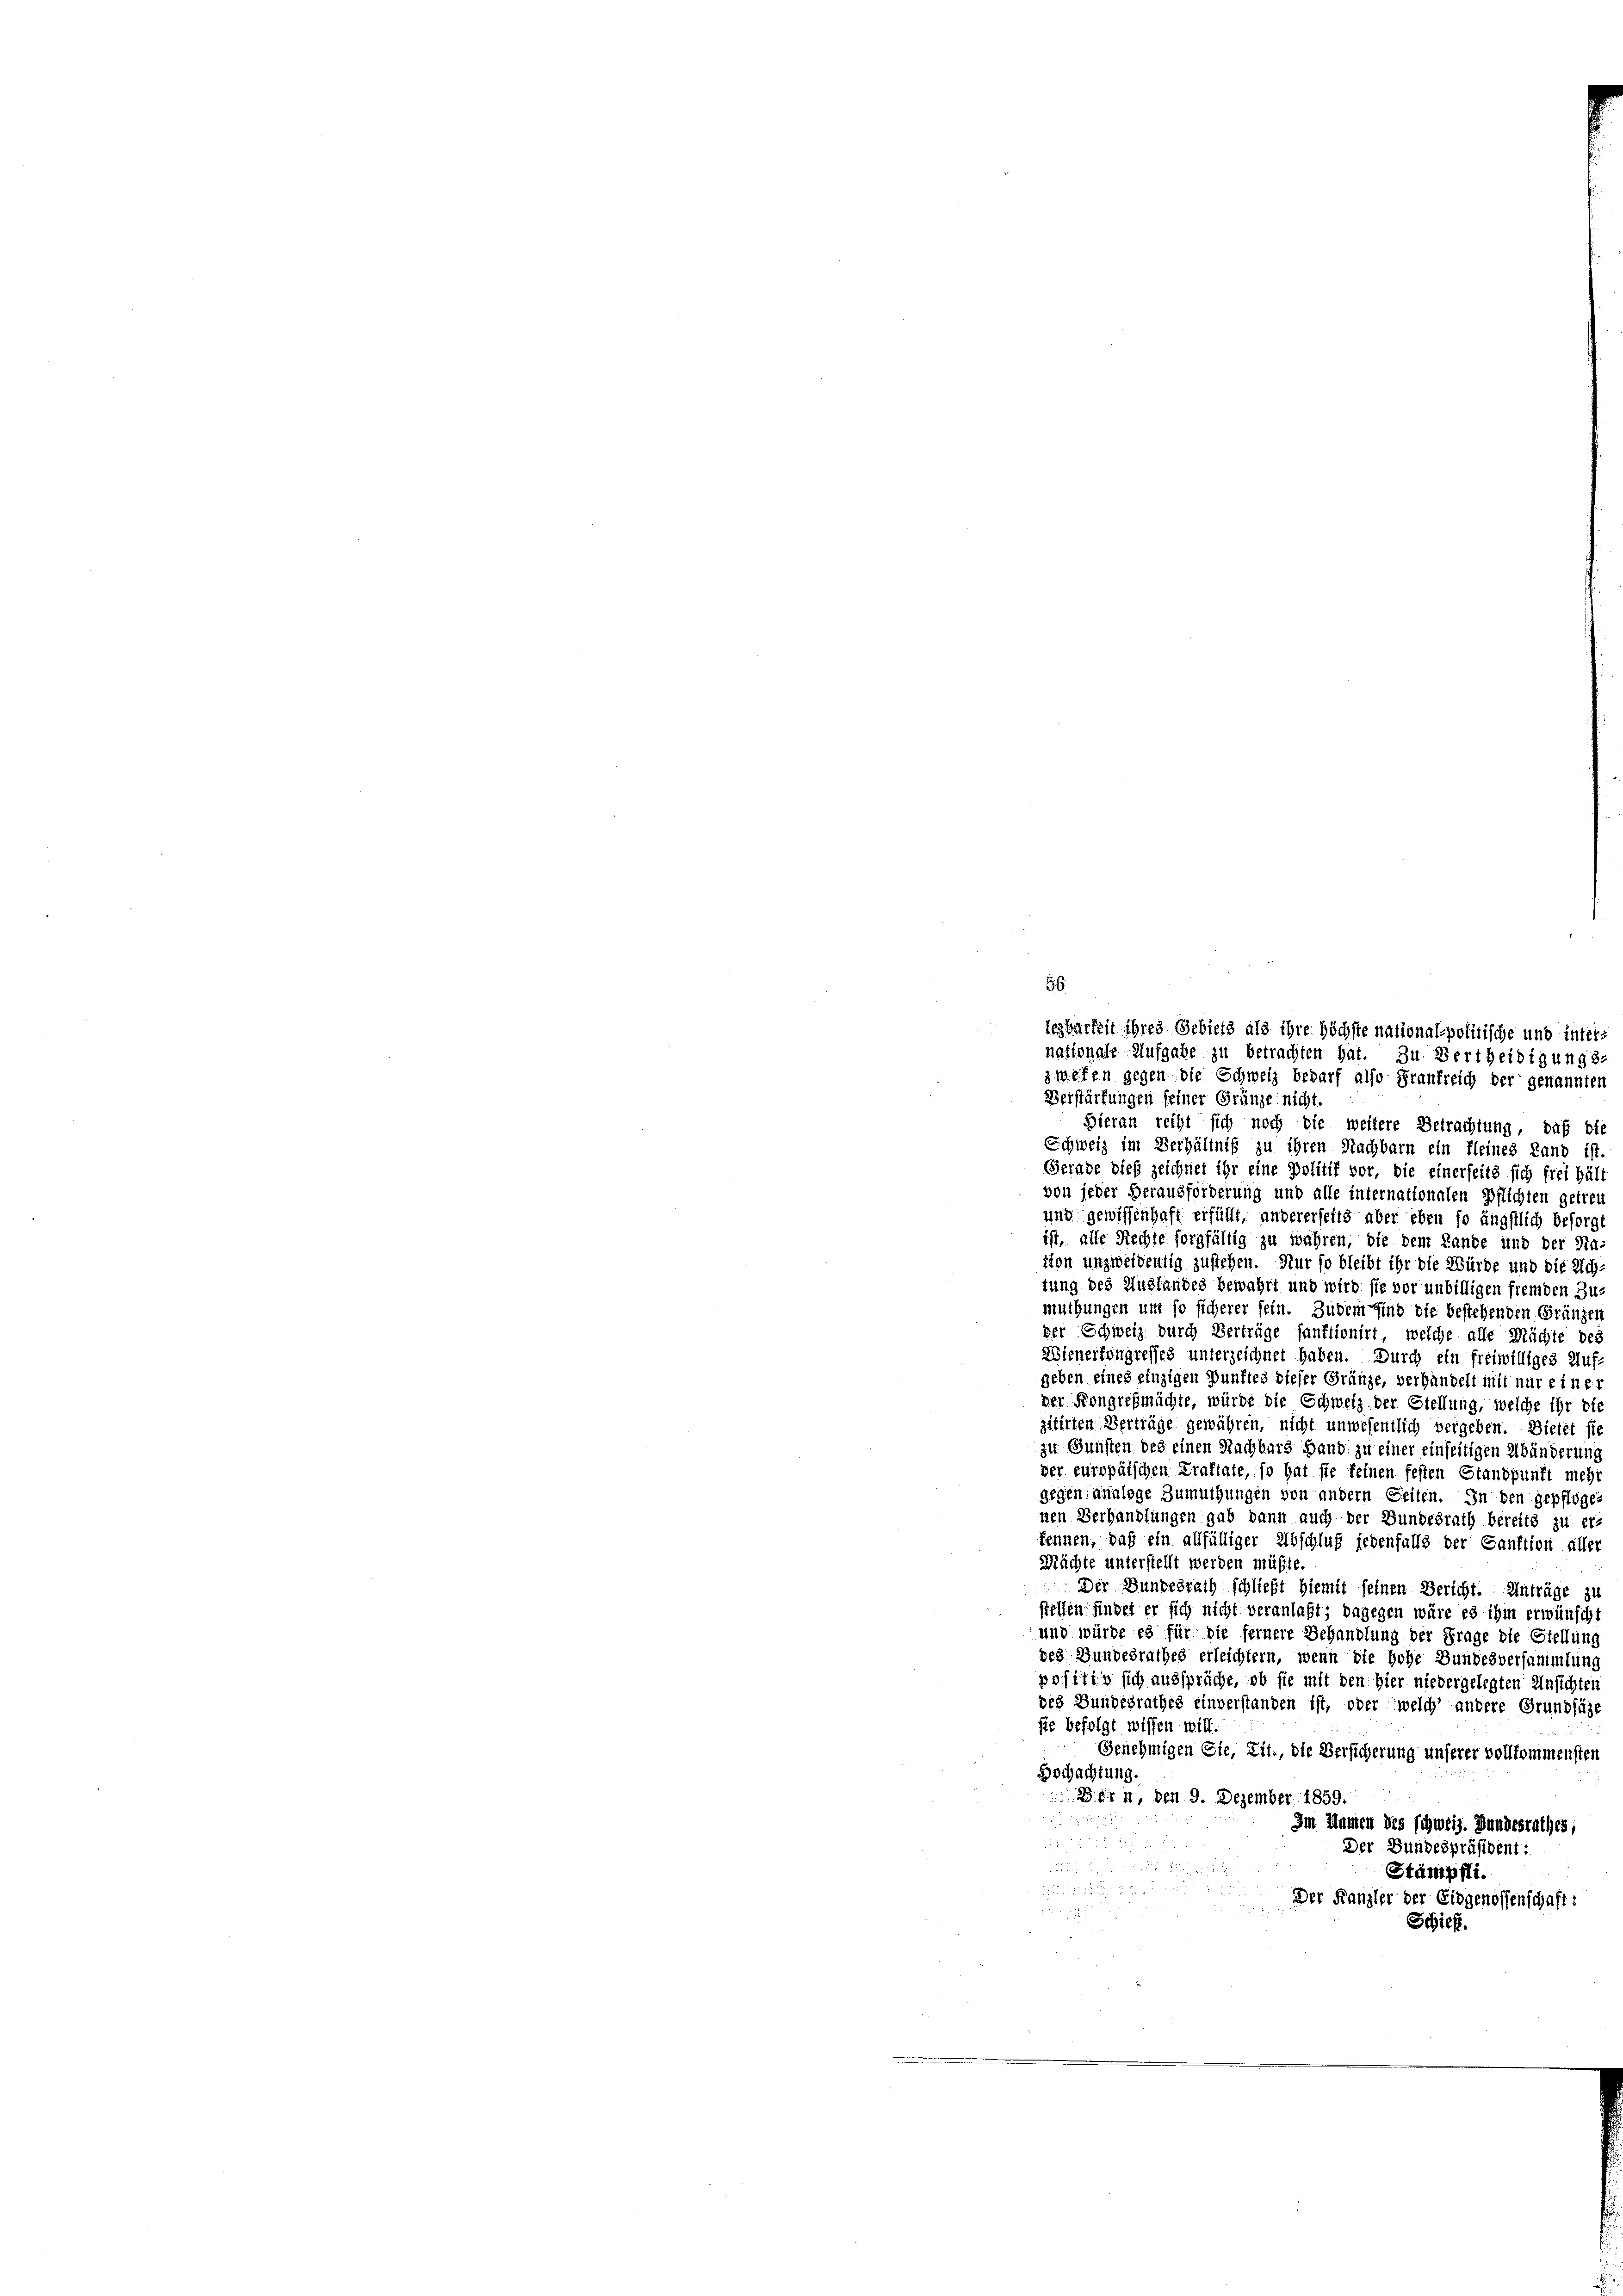
Verstärfungen seiner Gränze nicht.

Hieran reiht sich noch die weitere Betrachtung, daß die
Schweiz im Verhältniß zu ihren Nachbarn ein fleines Land ist.
Gerade dieß zeichnet ihr eine Politif vor, die einerseits sich frei hält
von jeder Heraufforderung und alle internationalen Pflichten getreu
und gewissenhaft erfüllt, andererseits aber eben so ängstlich besorgt
ist, alle Rechte sorgfältig zu währen, die dem Lande und der Na-
iton unzweidentig zustehen. Nur so bleibt ihr die Würde und die Richtung des Auslandes bewahrt und wird sie vor unbilligen fremden Zu-
muthungen um so sicherer sein. Zudem sind die bestehenden Gränzen
per Schweiz durch Verträge sanktionirt, welche alle Mächte bes
Wienerfongresses unterzeichnet haben. Durch ein freiwilliges Auf-
geben eines einzigen Punktes dieser Gränze, verhandelt mit nur einer
der Kongreßmächte, würde die Schweiz der Stellung, welche ihr die
zitirten Verträge gewähren, nicht unwesentlich vergeben. Dietet sie
zu Gunsten des einen Nachbars Hand zu einer einseitigen Abänderung
der europäischen Kraftate, so hat sie feinen festen Standpunft mehr
gegen analoge Zumuthungen von andern Seiten. In den gepflogen
nen Verhandlungen gab dann auch der Bundesrath bereits zu er-
kennen, daß ein allfälliger Abschluß jedenfalls der Sanktion aller
Mächte unterstellt werden müßte.
Der Bundesrath schließt hiemit seinen Bericht. Anträge zu
stellen findet er sich nicht veranlaßt; dagegen wäre es ihm erwünscht
und würde es für die fernere Behandlung der Frage die Stellung
des Bundesrathes erleichtern, wenn die hohe Bundesversammlung
positin sich aussprüche, ob sie mit den hier niedergelegten Unsichter
des Bundesrathes einverstanden ist, oder welch’ andere Grundsäze
sie befolgt wissen will.
Genehmigen Cie, Tit., die Versicherung unserer vollkommensten
Hochachtung.
Bern, den 9. Dezember 1859.
Im Namen des schweiz. Bundesrathes,

Der Bundespräsident:
2
Stämpfli.

Der Kanzler der Eidgenossenschaft:
 . . . . 1891
Schieß.

legbarkeit ihres Gebiets als ihre höchste nationalpolitische und inters
nationale Aufgabe zu betrachten hat. Zu Bertheidigungs-
zweifen gegen die Schweiz bedarf also Frankreich der genannten